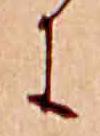
に